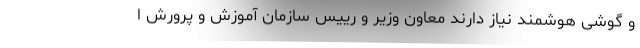
و گوشی هوشمند نیاز دارند معاون وزیر و رییس سازمان آموزش و پرورش ا